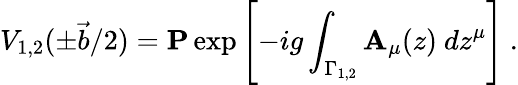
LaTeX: V_{1,2}(\pm\vec{b}/2)={\mathbf P}\exp\left[-ig\int_{\Gamma_{1,2}}{\mathbf A}_{\mu}(z)\ dz^{\mu}\right]~.